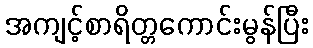
အကျင့်စာရိတ္တကောင်းမွန်ပြီး